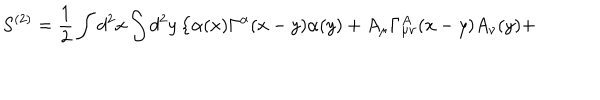
S ^ { ( 2 ) } = \frac { 1 } { 2 } \int d ^ { 2 } x \int d ^ { 2 } y \left\{ \alpha ( x ) \Gamma ^ { \alpha } ( x - y ) \alpha ( y ) + A _ { \mu } \Gamma _ { \mu \nu } ^ { A } ( x - y ) A _ { \nu } ( y ) + \right.